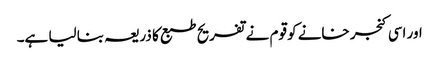
اور اسی کنجر خانے کو قوم نے تفریح طبع کا ذریعہ بنا لیا ہے۔